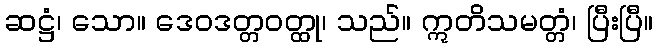
ဆဋ္ဌံ၊ သော။ ဒေဝဒတ္တဝတ္ထု၊ သည်။ ဣတိသမတ္တံ၊ ပြီးပြီ။